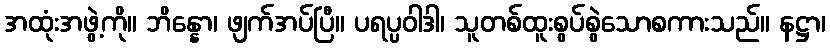
အထုံးအဖွဲ့ကို။ ဘိန္နော၊ ဖျက်အပ်ပြီ။ ပရပ္ပဝါဒါ၊ သူတစ်ထူးစွပ်စွဲသောစကားသည်။ နဋ္ဌာ၊